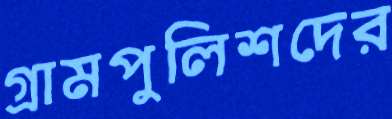
গ্রামপুলিশদের